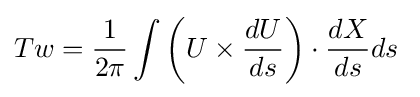
Tw={\dfrac {1}{2\pi }}\int \left(U\times {\dfrac {dU}{ds}}\right)\cdot {\dfrac {dX}{ds}}ds\;